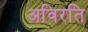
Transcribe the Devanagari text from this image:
अविरति